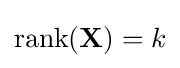
\operatorname {rank} (\mathbf {X} )=k